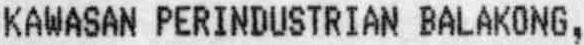
KAWASAN PERINDUSTRIAN BALAKONG,